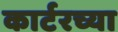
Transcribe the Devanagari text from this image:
कार्टरच्या